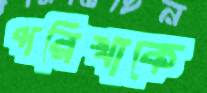
পরিখাকে